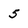
Character: 5